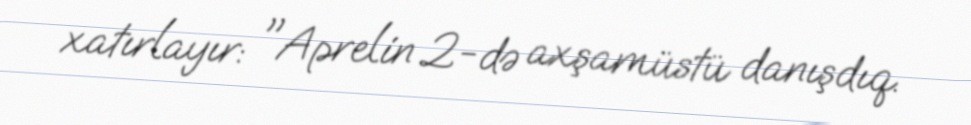
xatırlayır: "Aprelin 2-də axşamüstü danışdıq.